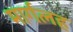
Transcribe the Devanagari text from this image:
मार्गलह